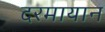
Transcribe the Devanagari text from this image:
दरमायान